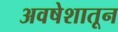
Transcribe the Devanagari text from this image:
अवषेशातून